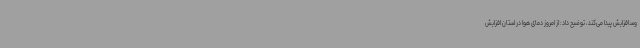
وسافزایش پیدا می‌کند، توضیح داد: از امروز دمای هوا در استان افزایش